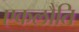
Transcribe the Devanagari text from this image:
एकलौति